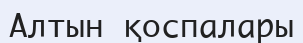
Алтын қоспалары